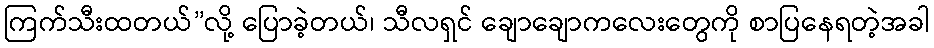
ကြက်သီးထတယ်”လို့ ပြောခဲ့တယ်၊ သီလရှင် ချောချောကလေးတွေကို စာပြနေရတဲ့အခါ